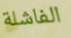
الفاشلة